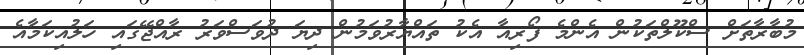
މުބާރާތަށް ސްކޫލްތަކުން އެންމެ ފޯރިއާ އެކު ތައްޔާރުވަމުން ދިޔަ ދުވަސްވަރު ރާއްޖޭގައި ހަލުއިކަމާއެ